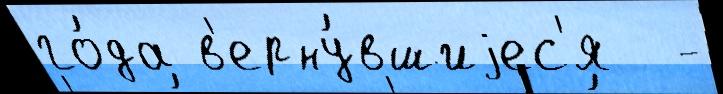
го́да в'ерну́вшиjес'я  -